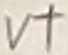
Text: V+